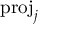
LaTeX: \mathrm { p r o j } _ { j }